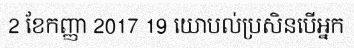
2 ខែកញ្ញា 2017 19 យោបល់ប្រសិនបើអ្នក